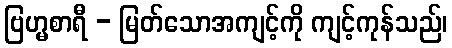
ဗြဟ္မစာရီ - မြတ်သောအကျင့်ကို ကျင့်ကုန်သည်၊